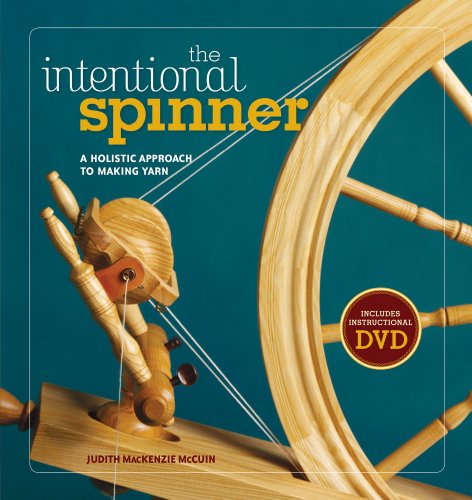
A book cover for The Intentional Spinner w/DVD: A Holistic Approach to Making Yarn; Judith Mccuin; Crafts, Hobbies & Home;